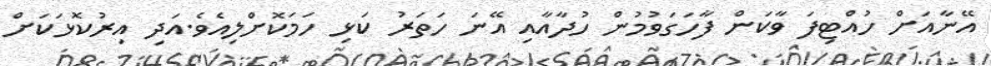
އޭނާއަށް ހުއްޓިފަ ވާކަން ފާހަގަވުމުން ހުދާއާއި އޭނަ ހަތަރު ކަޅި ހަމަކޮށްލިއެވެ.އަދި އިރުކޮޅަކަށް